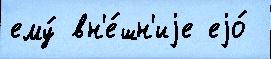
ему́ вн'е́шн'иjе еjо́